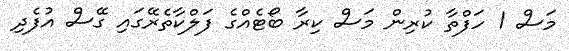
މަސް 1 ހަފްތާ ކުރިން މަސް ކިރާ ބޯޓެއްގެ ފަލްކާތެރޭގައި ގޭސް އުފެދި